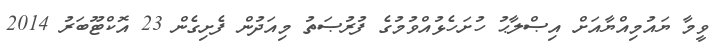
ވީމާ ޔައުމިއްޔާއަށް އިޞްލާޙު ހުށަހެޅުއްވުމުގެ ފުރުޞަތު މިއަދުން ފެށިގެން 23 އޮކްޓޫބަރު 2014